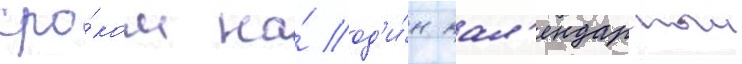
сро́ком на́ од'и́н кал'ендарныи